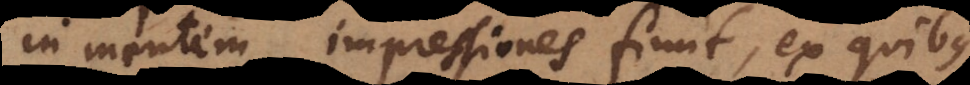
in mentem impressiones fiunt, ex quibus